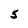
Character: 5